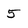
Character: 5